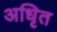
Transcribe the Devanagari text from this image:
अधिृत